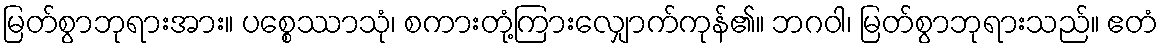
မြတ်စွာဘုရားအား။ ပစ္စေဿာသုံ၊ စကားတုံ့ကြားလျှောက်ကုန်၏။ ဘဂဝါ၊ မြတ်စွာဘုရားသည်။ ဧတံ